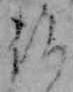
仏